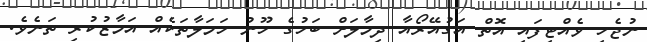
ނުޖެހި ވެއްޓިފައި އޮތް އަގުއޭރޯއާ ދިމާލަށް ބަހުގެ ހޫނު ހަމަލާތަކެއް އަމާޒުކުރި ތަނެވެ.